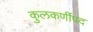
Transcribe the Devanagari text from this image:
कुलकर्णीपद